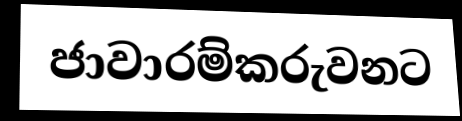
ජාවාරම්කරුවනට